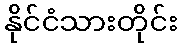
နိုင်ငံသားတိုင်း